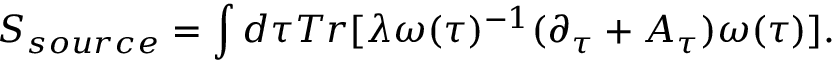
S _ { s o u r c e } = \int d \tau T r [ \lambda \omega ( \tau ) ^ { - 1 } ( \partial _ { \tau } + A _ { \tau } ) \omega ( \tau ) ] .